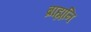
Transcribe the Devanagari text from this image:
ब्राह्मनि